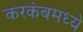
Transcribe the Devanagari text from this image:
करकंबमध्ये